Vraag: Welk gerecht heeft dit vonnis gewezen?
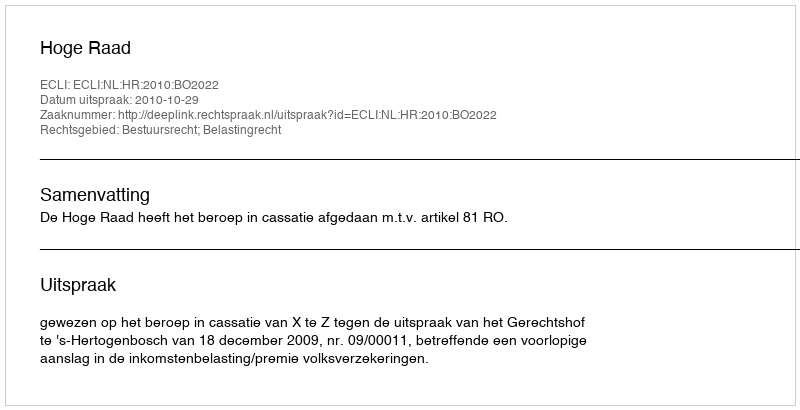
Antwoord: Hoge Raad